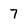
Character: 7